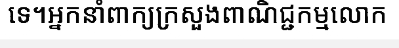
ទេ។អ្នកនាំពាក្យក្រសួងពាណិជ្ជកម្មលោក